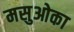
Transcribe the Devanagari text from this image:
मसुओका